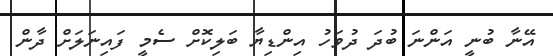
އޭނާ ބުނީ އަންނަ ބުދަ ދުވަހު އިންޑިޔާ ބަލިކޮށް ސެމީ ފައިނަލަށް ދާން